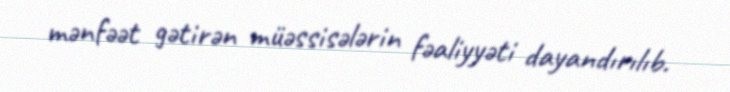
mənfəət gətirən müəssisələrin fəaliyyəti dayandırılıb.